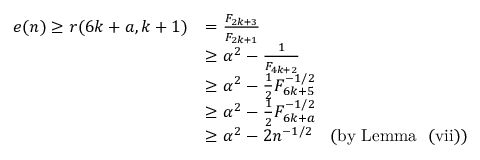
\begin{array} { r l } { e ( n ) \geq r ( 6 k + a , k + 1 ) } & { = { \frac { F _ { 2 k + 3 } } { F _ { 2 k + 1 } } } } \\ & { \geq \alpha ^ { 2 } - { \frac { 1 } { F _ { 4 k + 2 } } } } \\ & { \geq \alpha ^ { 2 } - { \frac { 1 } { 2 } } F _ { 6 k + 5 } ^ { - 1 / 2 } } \\ & { \geq \alpha ^ { 2 } - { \frac { 1 } { 2 } } F _ { 6 k + a } ^ { - 1 / 2 } } \\ & { \geq \alpha ^ { 2 } - 2 n ^ { - 1 / 2 } \quad \mathrm { ( b y ~ L e m m a ~ ~ ( v i i ) ) } } \end{array}